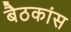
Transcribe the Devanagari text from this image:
बैठकांस